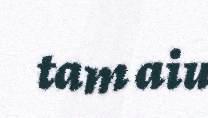
tam aiu